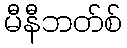
မီနီဘတ်စ်